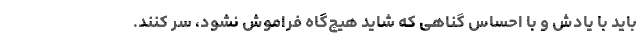
باید با یادش و با احساس گناهی که شاید هیچ‌گاه فراموش نشود، سر کنند.